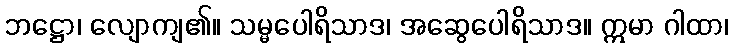
ဘဋ္ဌော၊ လျောကျ၏။ သမ္မပေါရိသာဒ၊ အဆွေပေါရိသာဒ။ ဣမာ ဂါထာ၊